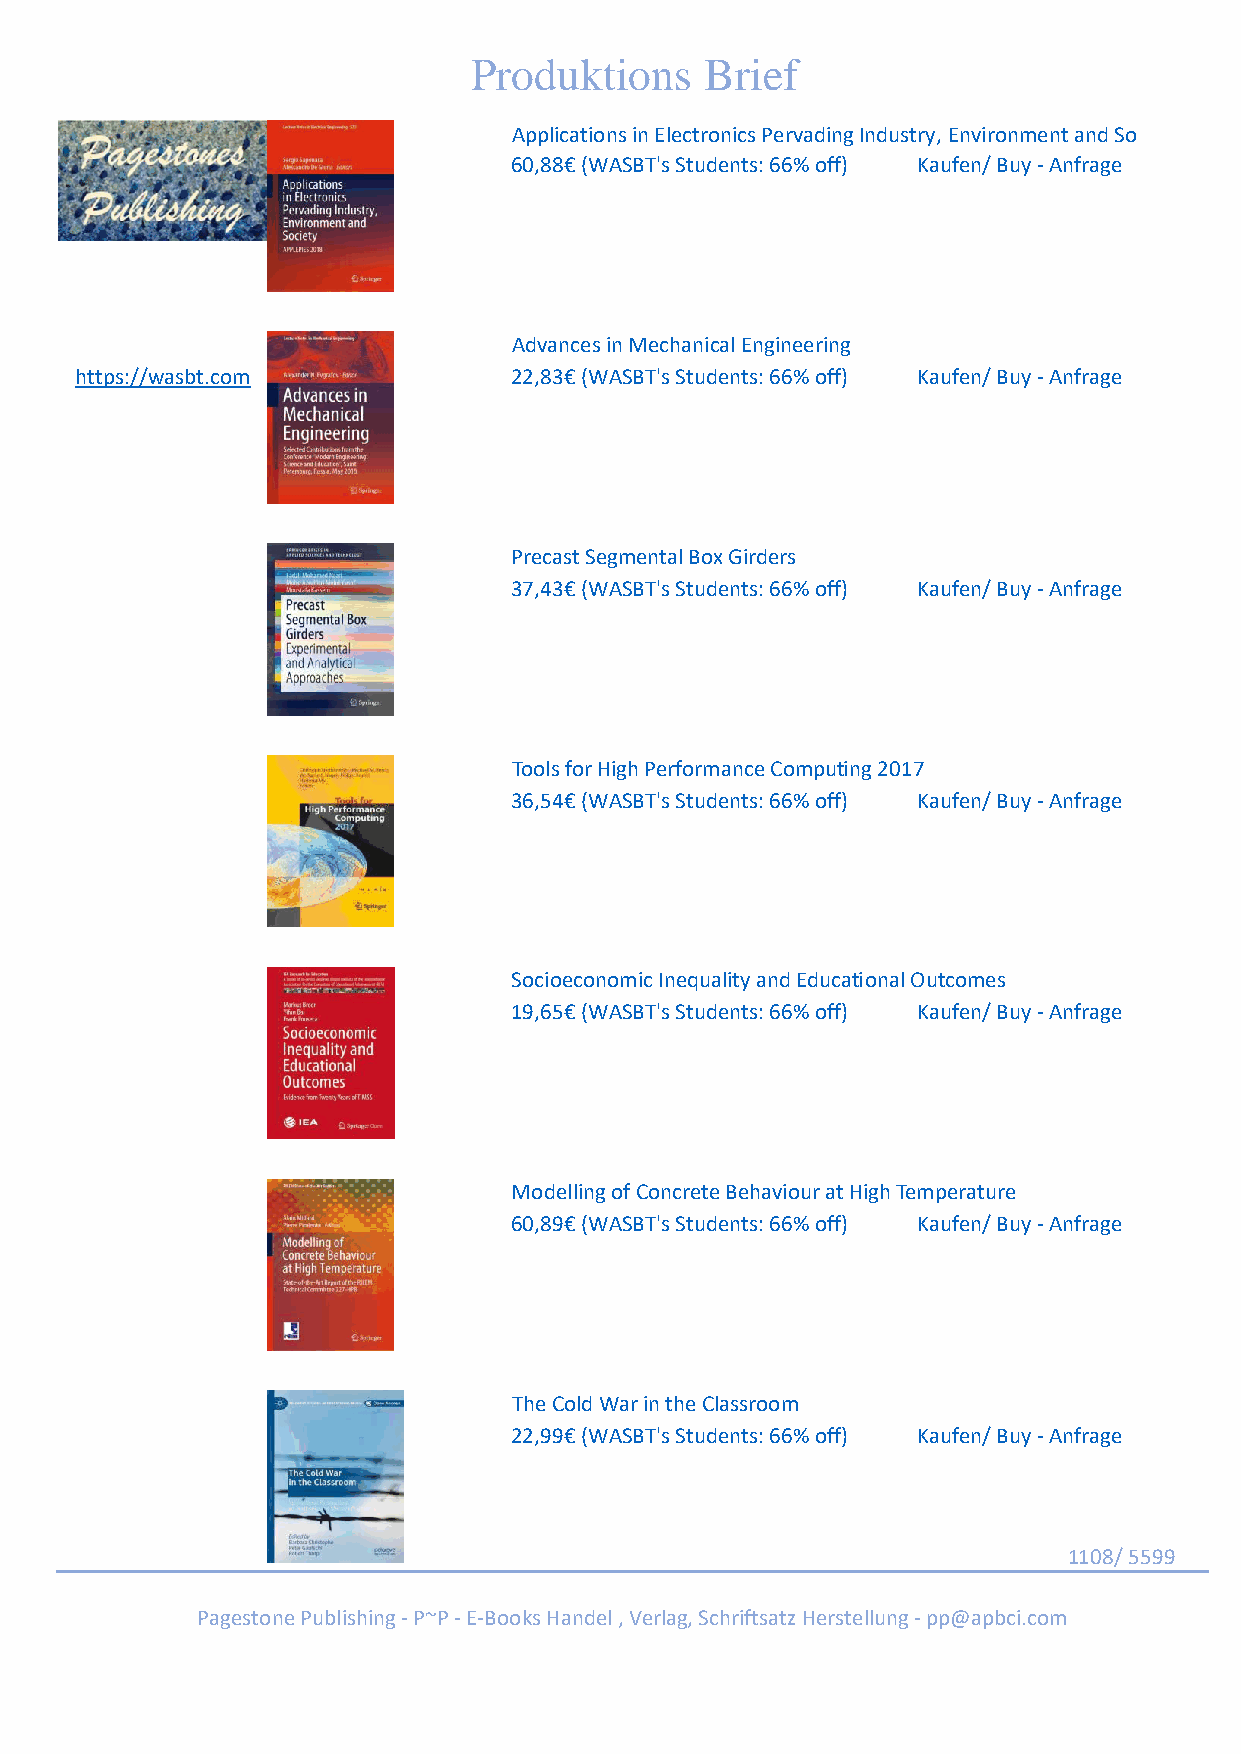
Produktions     Brief
 Applications in Electronics Pervading Industry, Environment and So
 60,88€ (WASBT's Students: 66% off) Kaufen/ Buy - Anfrage
 Advances in Mechanical Engineering
 https://wasbt.com            22,83€ (WASBT's Students: 66% off) Kaufen/ Buy - Anfrage
 Precast Segmental Box Girders
 37,43€ (WASBT's Students: 66% off) Kaufen/ Buy - Anfrage
 Tools for High Performance Computing 2017
 36,54€ (WASBT's Students: 66% off) Kaufen/ Buy - Anfrage
 Socioeconomic Inequality and Educational Outcomes
 19,65€ (WASBT's Students: 66% off) Kaufen/ Buy - Anfrage
 Modelling of Concrete Behaviour at High Temperature
 60,89€ (WASBT's Students: 66% off) Kaufen/ Buy - Anfrage
 The Cold War in the Classroom
 22,99€ (WASBT's Students: 66% off) Kaufen/ Buy - Anfrage
 1108/ 5599
 Pagestone Publishing - P~P - E-Books Handel , Verlag, Schriftsatz Herstellung - pp@apbci.com